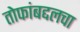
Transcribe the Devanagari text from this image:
तोफांबद्दलचा